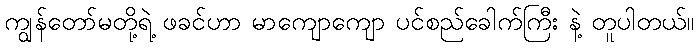
ကျွန်တော်မတို့ရဲ့ ဖခင်ဟာ မာကျောကျော ပင်စည်ခေါက်ကြီး နဲ့ တူပါတယ်။